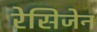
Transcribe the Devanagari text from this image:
रेसिजेन